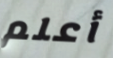
أعلم